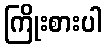
ကြိုးစားပါ